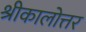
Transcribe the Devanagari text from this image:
श्रीकालोत्तर